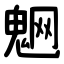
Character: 䰣